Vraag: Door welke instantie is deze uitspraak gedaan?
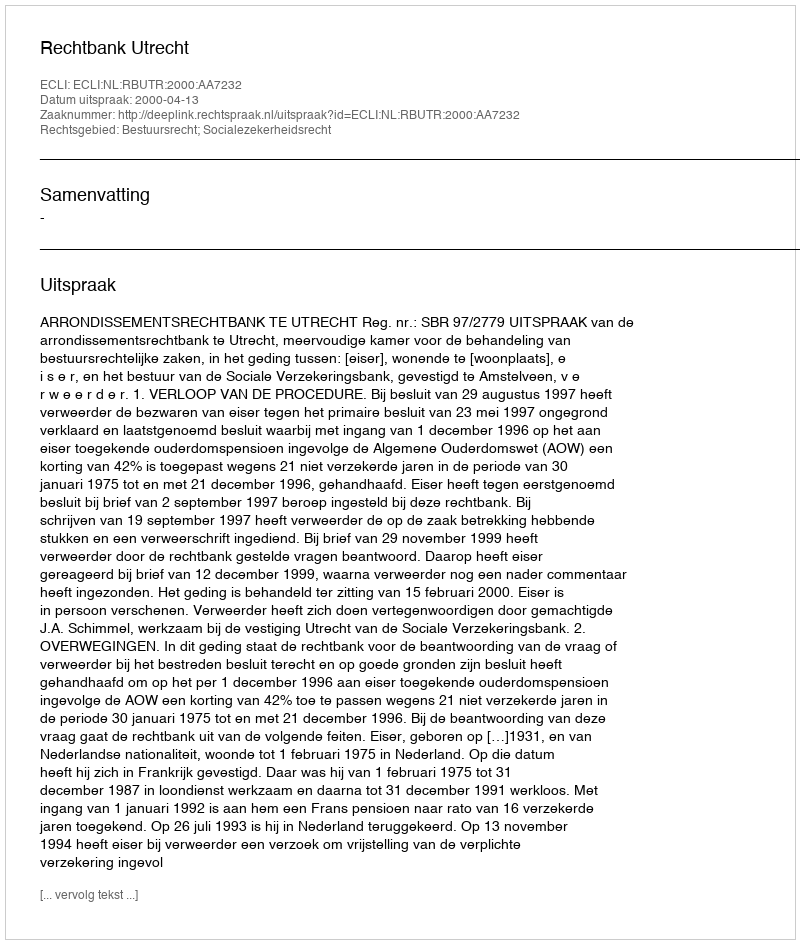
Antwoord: Rechtbank Utrecht